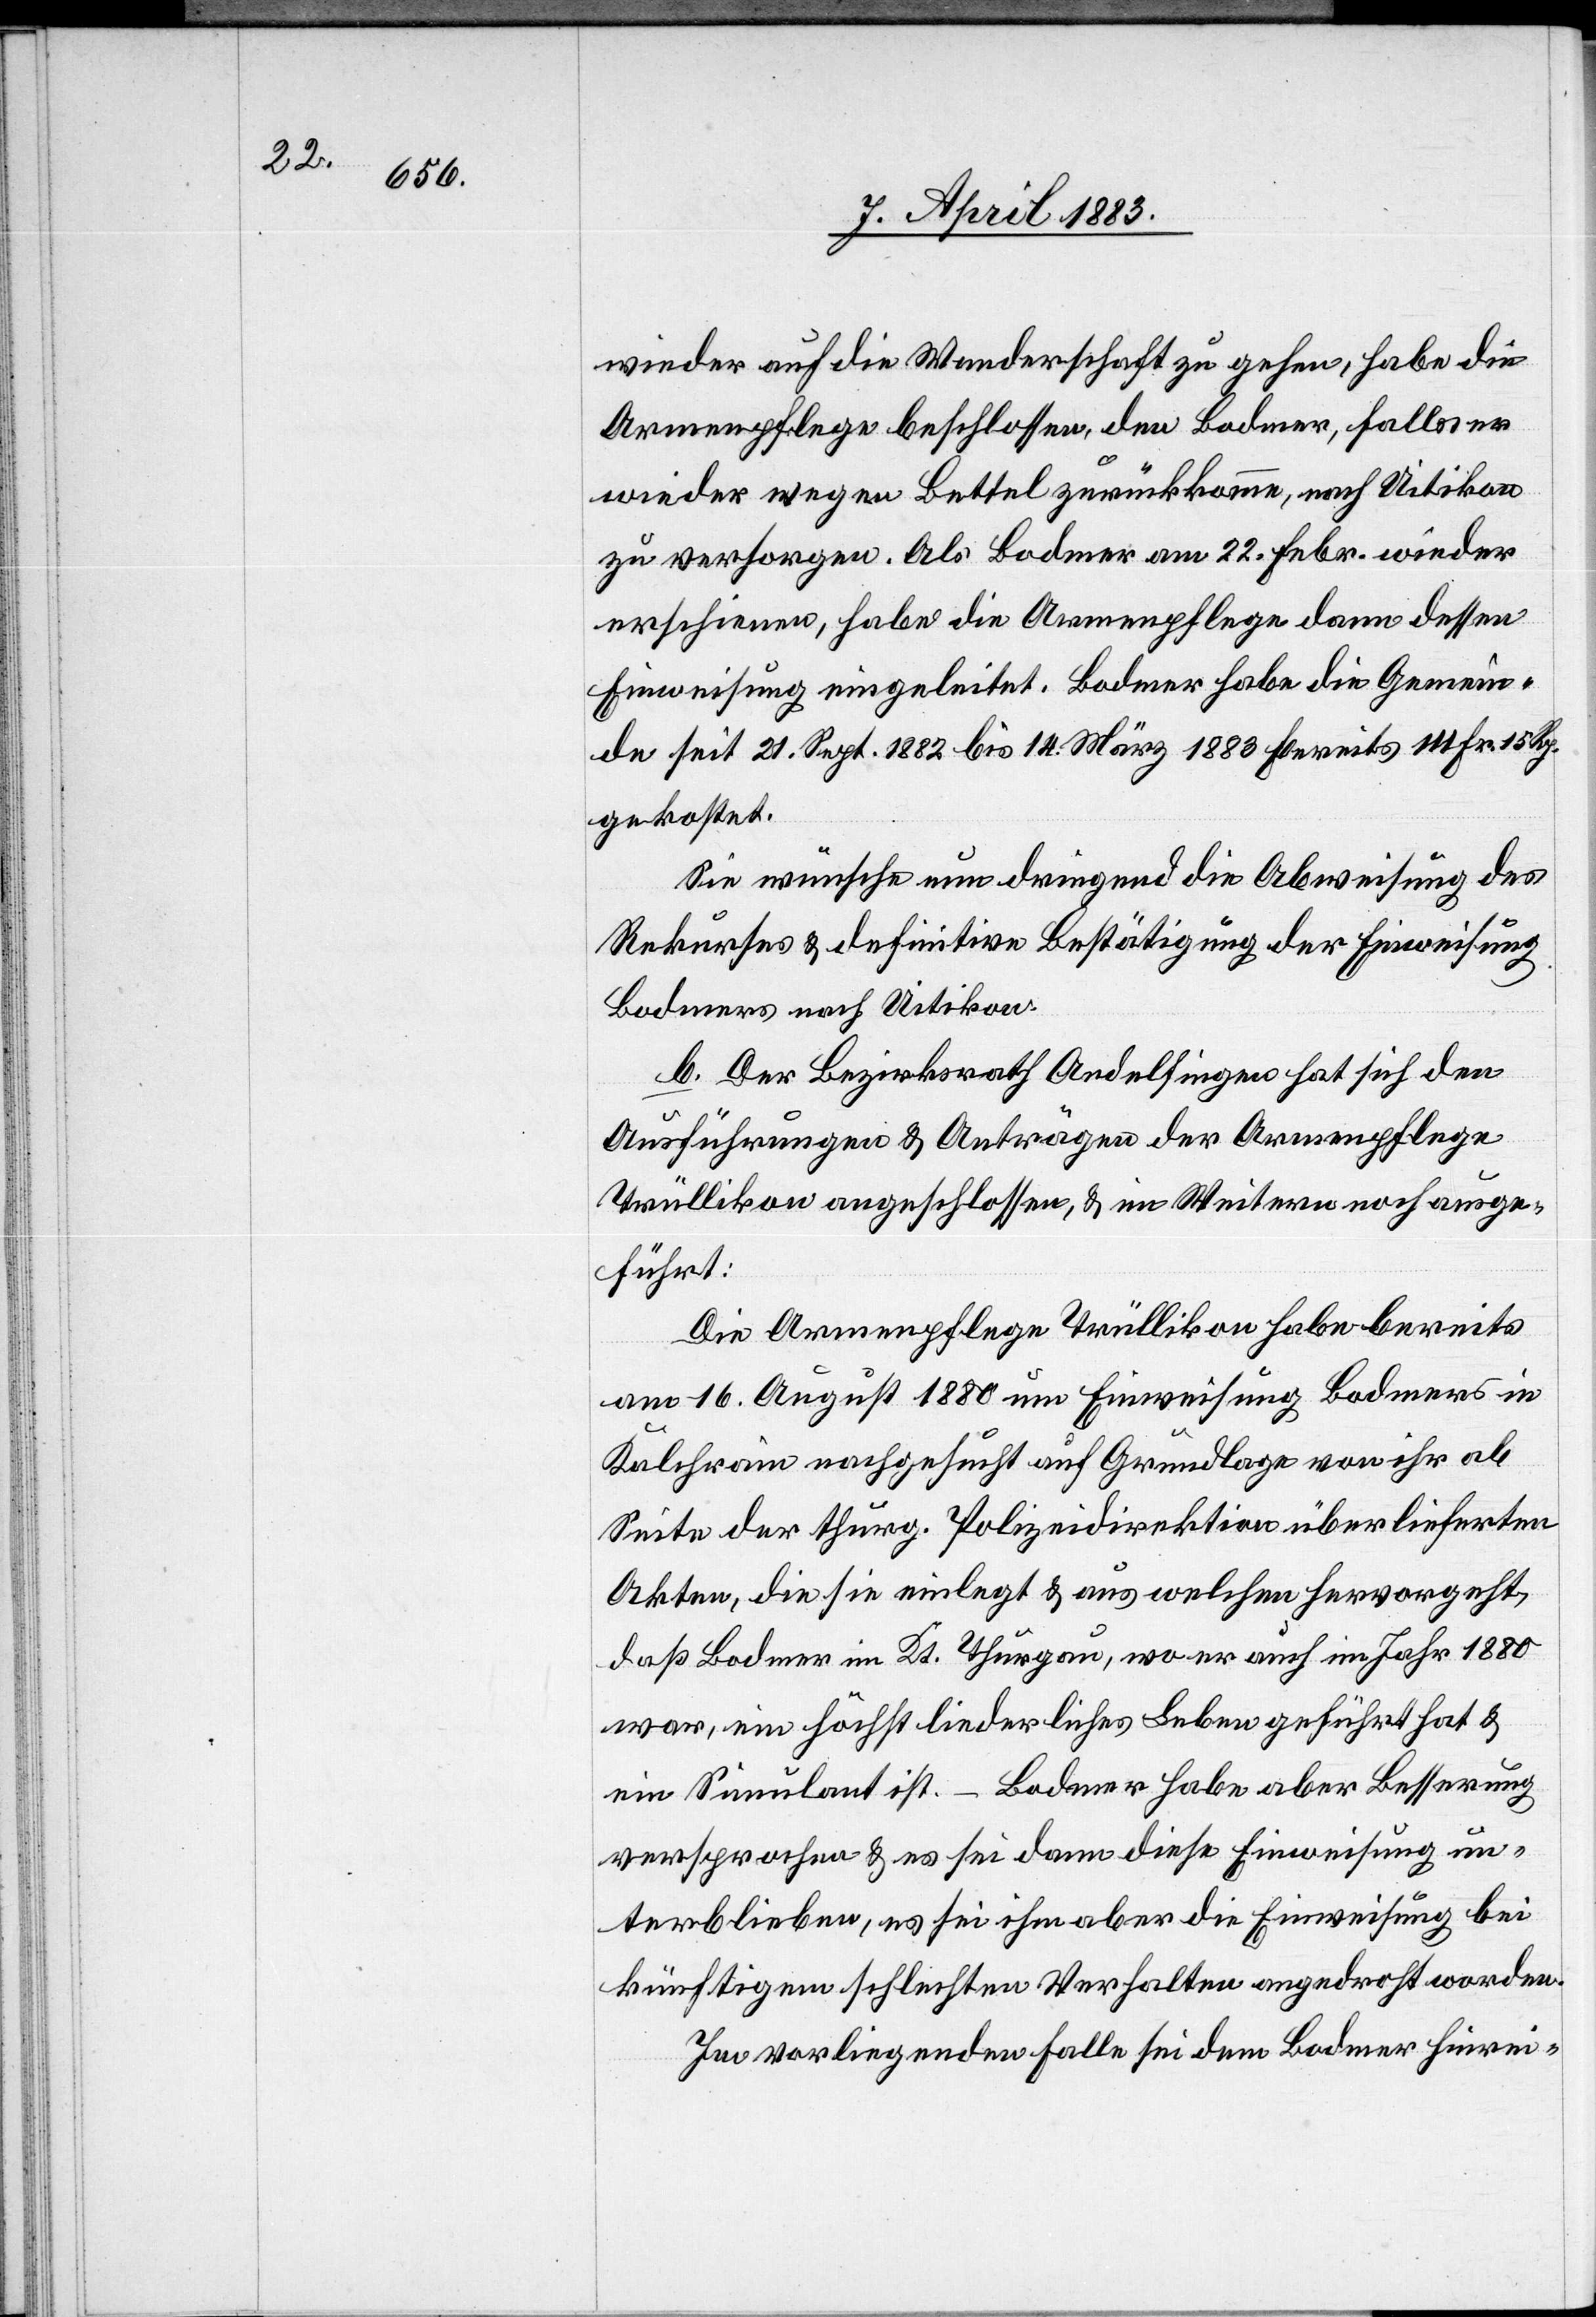
wieder auf die Wanderschaft zu gehen, habe die
Armenpflege beschlossen, den Bodmer, falls er
wieder wegen Bettel zurückkomme, nach Uitikon
zu versorgen. Als Bodmer am 22. Febr. wieder
erschienen, habe die Armenpflege dann dessen
Einweisung eingeleitet. Bodmer habe die Gemein¬
de seit 21. Sept. 1882 bis 14. März 1883 bereits 111 Fr. 15 Rp.
gekostet.
Sie wünsche nun dringend die Abweisung des
Rekurses & definitive Bestätigung der Einweisung
Bodmers nach Uitikon.
b. Der Bezirksrath Andelfingen hat sich den
Ausführungen & Anträgen der Armenpflege
Trüllikon angeschlossen, & im Weitern noch ausge¬
führt:
Die Armenpflege Trüllikon habe bereits
am 16. August 1880 um Einweisung Bodmers in
Kalchrain nachgesucht auf Grundlage von ihr ab
Seite der thurg. Polizeidirektion überlieferten
Akten, die sie einlegt & aus welchen hervorgeht,
daß Bodmer im Kt. Thurgau, wo er auch im Jahr 1880
war, ein höchst liederliches Leben geführt hat &
ein Simulant ist. – Bodmer habe aber Besserung
versprochen & es sei dann diese Einweisung un¬
terblieben, es sei ihm aber die Einweisung bei
künftigem schlechten Verhalten angedroht worden.
Im vorliegenden Falle sei dem Bodmer hinrei-